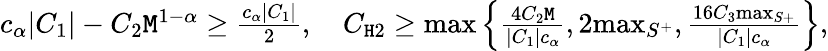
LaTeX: \begin{array}{r}{c_{\alpha}|C_{1}|-C_{2}\mathtt{M}^{1-\alpha}\ge\frac{c_{\alpha}|C_{1}|}{2},\quad C_{\mathtt{H}2}\ge\operatorname*{max}\left\{ \frac{4C_{2}\mathtt{M}}{|C_{1}|c_{\alpha}},2\mathrm{max}_{S^{+}},\frac{16C_{3}\mathrm{max}_{S+}}{|C_{1}|c_{\alpha}}\right\} ,}\end{array}